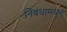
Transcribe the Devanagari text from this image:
निबंधामधून